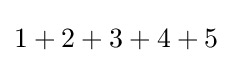
1+2+3+4+5